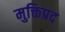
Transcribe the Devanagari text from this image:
मुक्तिप्रद